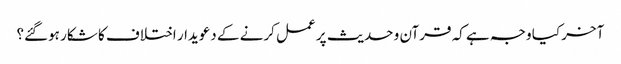
آخر کیا وجہ ہے کہ قرآن و حدیث پر عمل کرنے کے دعویدار اختلاف کا شکار ہوگئے؟